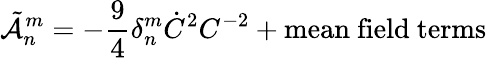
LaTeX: \tilde{\cal A}_{n}^{m}=-\frac{9}{4}\delta_{n}^{m}\dot{C}^{2}C^{-2}+\mathrm{mean~field~terms}